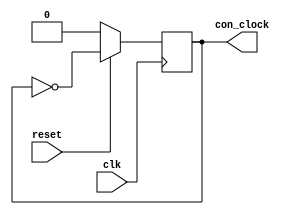
module clockDivider ( clk, con_clock, reset);
output reg con_clock;
input clk ;
input reset;
	always @(posedge clk)
	begin
	if (~reset)
    	 con_clock <= 1'b0;

    else
	     con_clock <= ~ con_clock;	
	end
endmodule